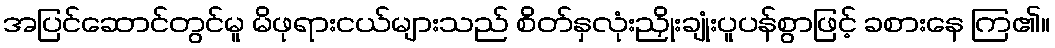
အပြင်ဆောင်တွင်မူ မိဖုရားငယ်များသည် စိတ်နှလုံးညှိုးချုံးပူပန်စွာဖြင့် ခစားနေ ကြ၏။